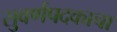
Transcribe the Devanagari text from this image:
सुवर्णपदकाचा